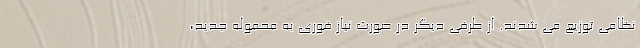
نظامی توزیع می شدند. از طرفی دیگر در صورت نیاز فوری به محموله جدید،